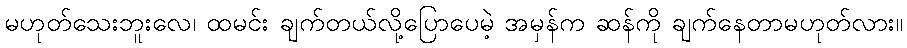
မဟုတ်သေးဘူးလေ၊ ထမင်း ချက်တယ်လို့ပြောပေမဲ့ အမှန်က ဆန်ကို ချက်နေတာမဟုတ်လား။